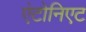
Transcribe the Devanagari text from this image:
एंटोनिएट